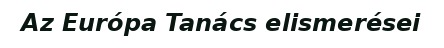
Az Európa Tanács elismerései